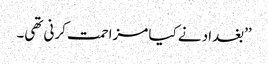
’’بغداد نے کیا مزاحمت کرنی تھی۔